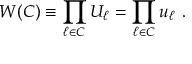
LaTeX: W ( C ) \equiv \prod _ { \ell \in C } U _ { \ell } = \prod _ { \ell \in C } u _ { \ell } ~ .